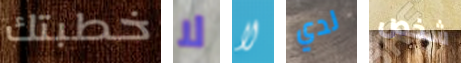
خطبتك لا لا لدي شخص